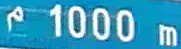
1000m